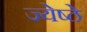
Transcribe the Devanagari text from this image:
ज्येष्ठे